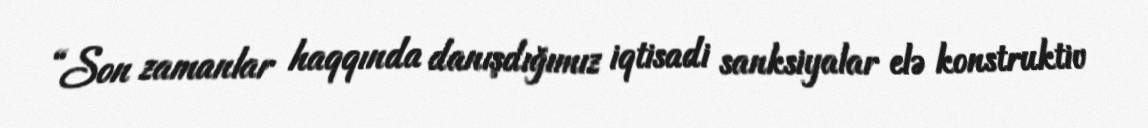
“Son zamanlar haqqında danışdığımız iqtisadi sanksiyalar elə konstruktiv